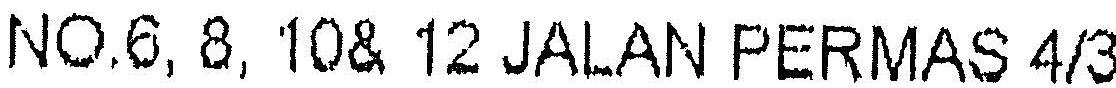
NO.6,8, 10& 12 JALAN PERMAS 4/3